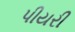
પીયરી